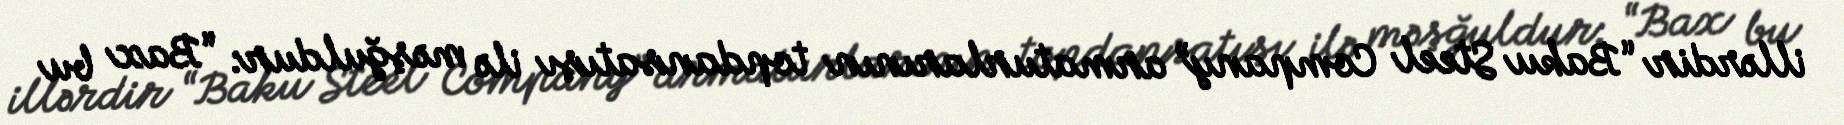
illərdir “Baku Steel Company” armaturlarının topdansatışı ilə məşğuldur: “Bax bu